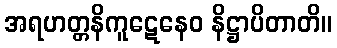
အရဟတ္တနိကူဋေနေဝ နိဋ္ဌာပိတာတိ။